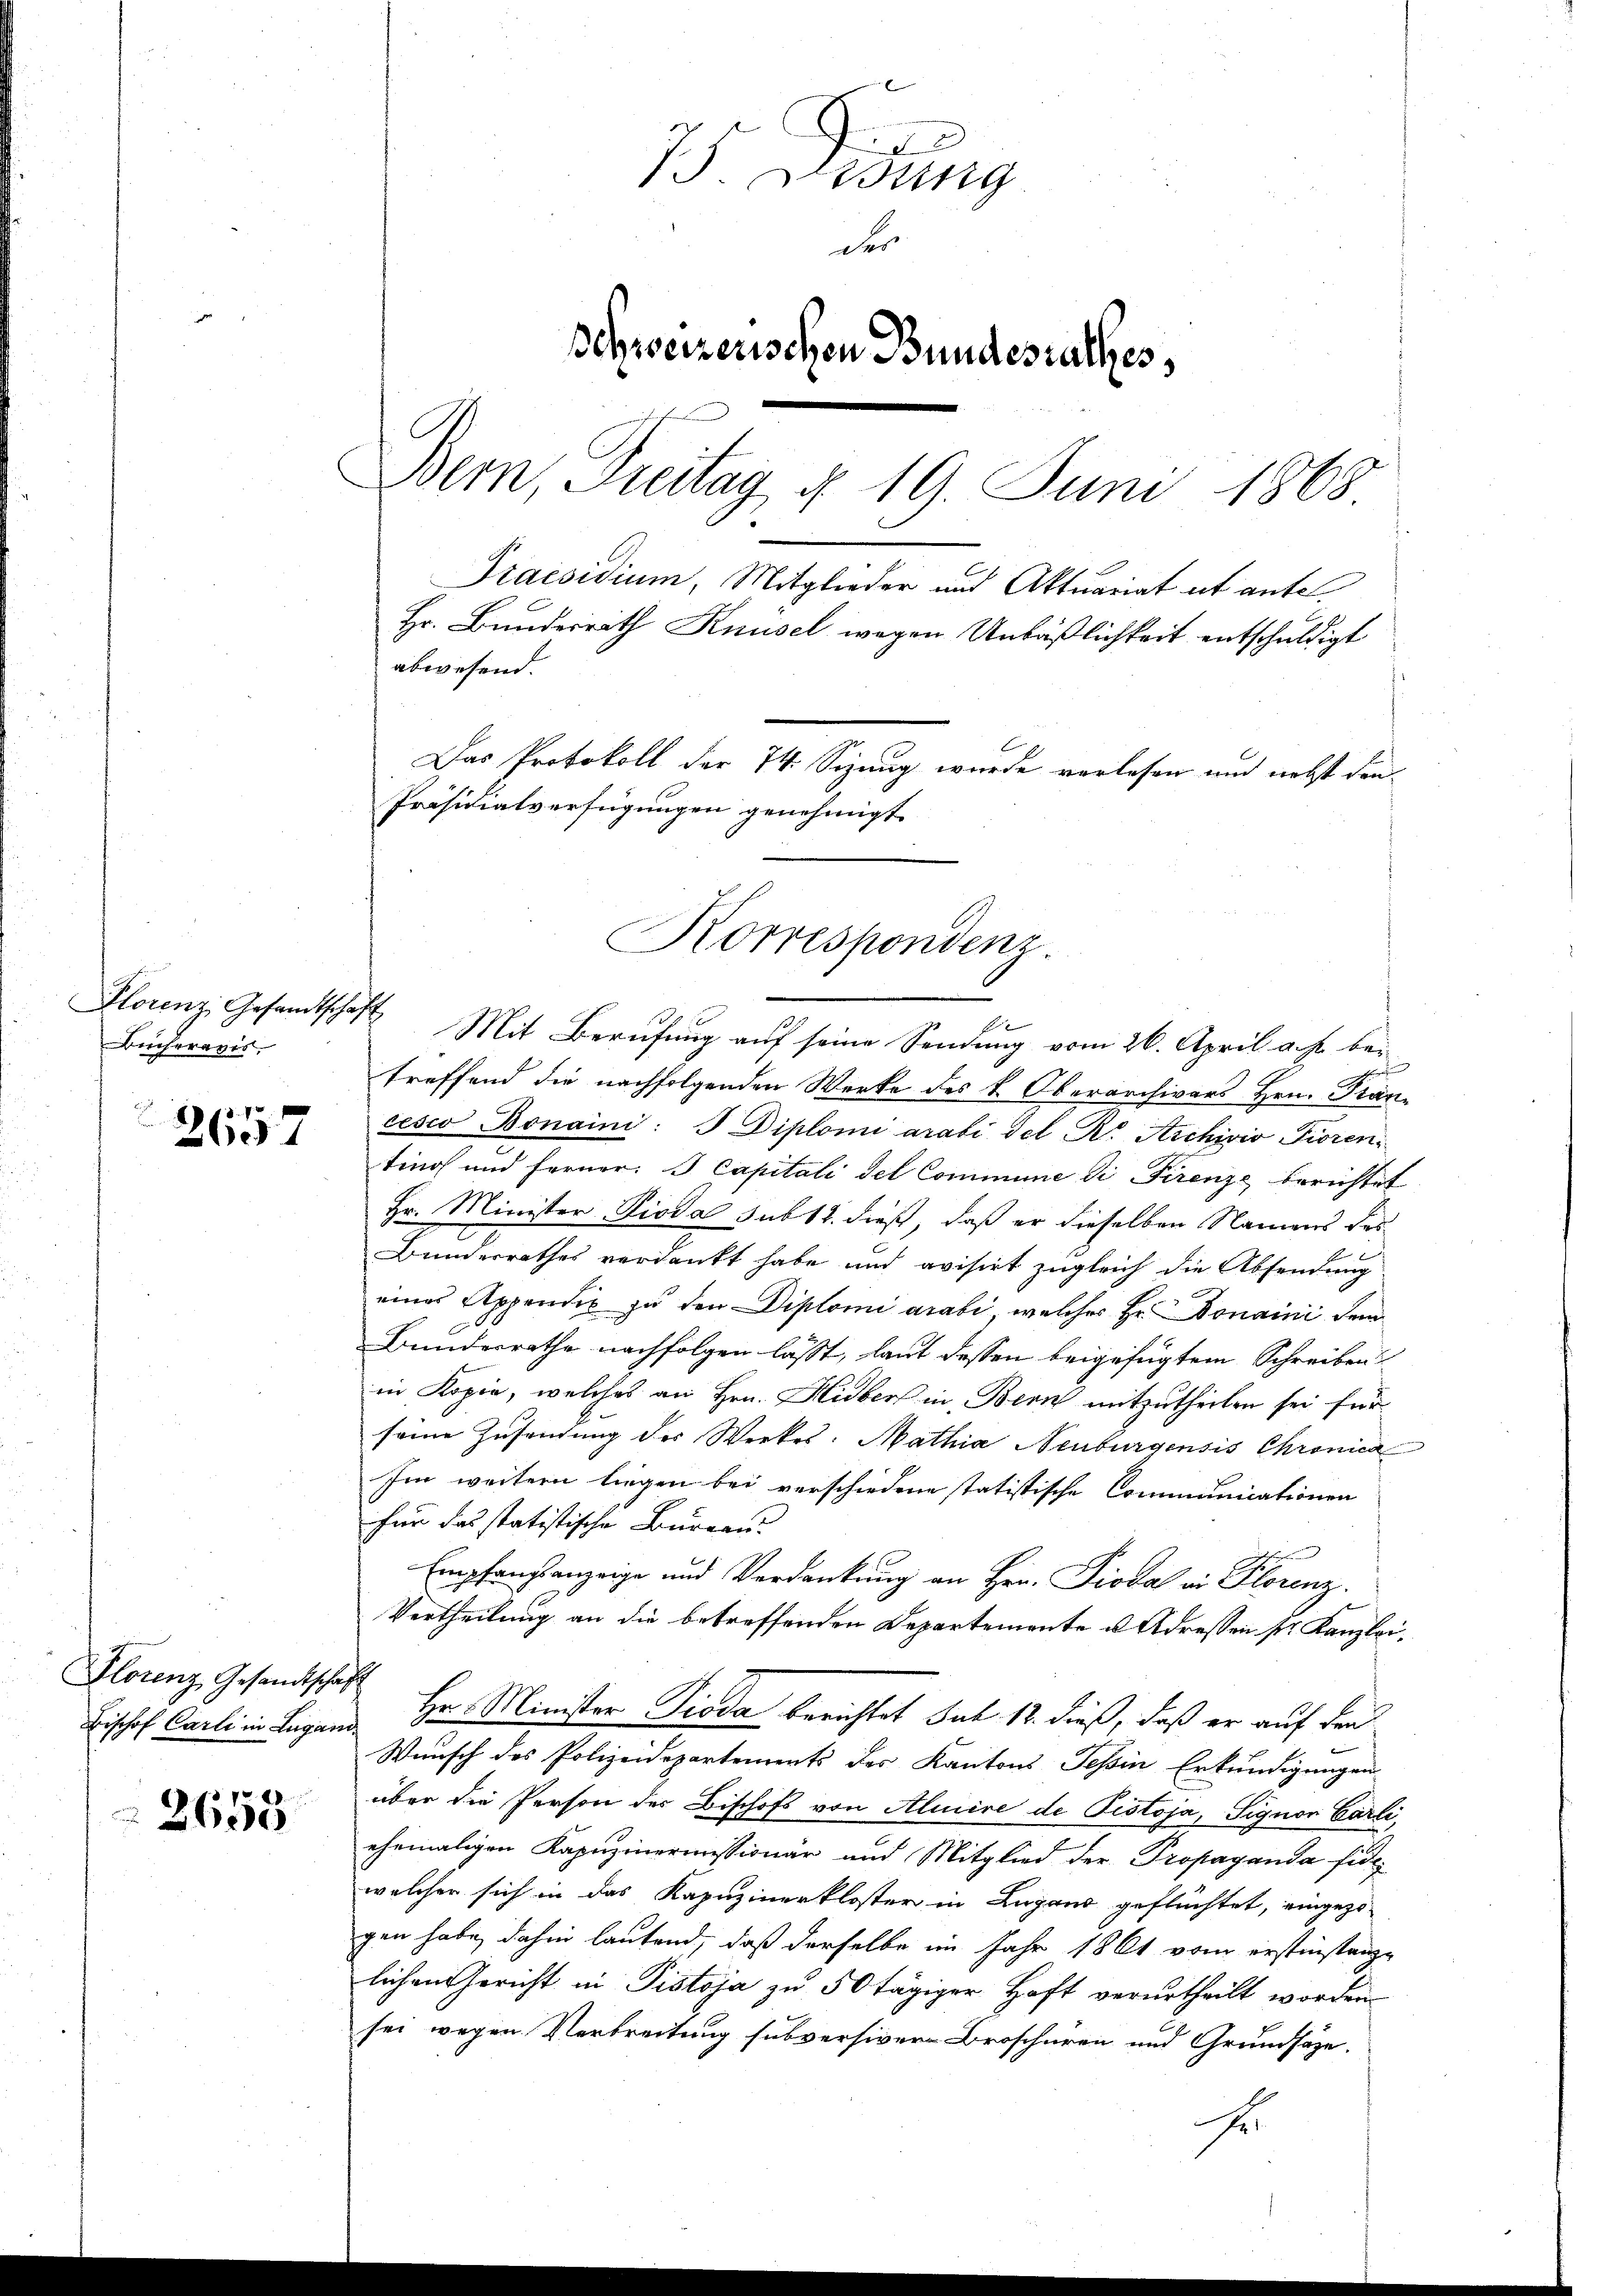
Bicheravis.

3 x 2
d
2607

Florenz Gesandtschaft
Bischof Carli in Lugand

2655

9
75 Lesung
der
Schweizerischen Bundesrathes,
Bern, Freitag d. 19. Juni 1868.
Praesidium, Mitglieder und Aktuariat et antel¬
Hr. Bundesrath Knüsel wegen Unbäßlichkeit entschuldigt
abwesend.
Das Protokoll der 74. Sizung wurde vorlesen und nebst den¬
Präsidialverfügungen genehmigt.

Florenz, Gesamtschaft Mit Berŭfŭng aŭf seine Sendŭng vom 26. April a. p. bei
treffend die nachfolgenden Werke des k. Oberarchivars Hrn. Francesco Bonaini: I Diplomi arabi del Dr. Archivio Fioren,
ting und Ferner: I Capitali del Commune di Firenze berichtet
Hr. Minister Pioda sub 12. dieß, daß er dieselben Namens des
Bunderrathes verdankt habe und avisirt zugleich die Absendung
eines Appendig zu den Diplomi arabi, welches Hr. Bonaini dem
Bundesrathe nachfolgen lässt, laut dessen beigefügtem Schreiben
in Kopie, welches an Hrn. Hieber in Bern mitzutheilen sei für
seine Zusendung des Werkes: Mathia Neuburgensis Chronica
Im weitern liegen bei verschiedene statistische Communicationen
für das statistische Bureau
Empfangsanzeige und Verdankung an Hrn. Pioda in Florenz.
Vertheilung an die betreffenden Departemente u. Adressen sr. Kanzlei,
Hr. Minister Pioda berichtet sub 18. dieß, daß er auf den
Wunsch des Polizeidepartements des Kantons Tessin Erkundigungen
über die Person der Bischofs von Alicire de Pistoja, Signon Carli,
ehemaligen Kapuzinermissionär und Mitglied der Propaganda fide
welcher sich in das Kapuzinerkloster in Lugand geflüchtet, eingezo-
gen habe, dahin lautend, daß derselbe im Jahr 1861 vom erstinstanze
lichen Gericht in Pistoja zu 50 tägiger Haft verurtheilt worden
sei wegen Verbreitung subversiver Broschüren und Grundsätze.
E

Korrespondenz.